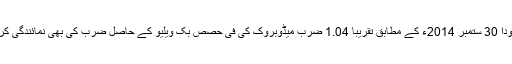
مالی سودا 30 ستمبر 2014ء کے مطابق تقریباً 1.04 ضرب میڈوبروک کی فی حصص بک ویلیو کے حاصل ضرب کی بھی نمائندگی کرتا ہے۔